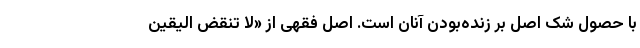
با حصول شک اصل بر زنده‌بودن آنان است. اصل فقهی از «لا تنقض الیقین